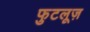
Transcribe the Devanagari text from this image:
फुटलूज़